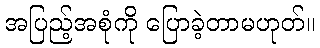
အပြည့်အစုံကို ပြောခဲ့တာမဟုတ်။